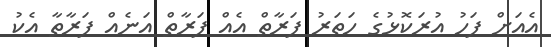
އެއަށް ފަހު އުރަކޮޅުގެ ހަތަރު ފަރާތް އެއް ފަރާތް އަނެއް ފަރާތާ އެކު